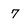
Character: 7